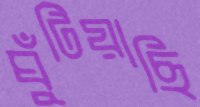
ঘুঁটিয়াছি